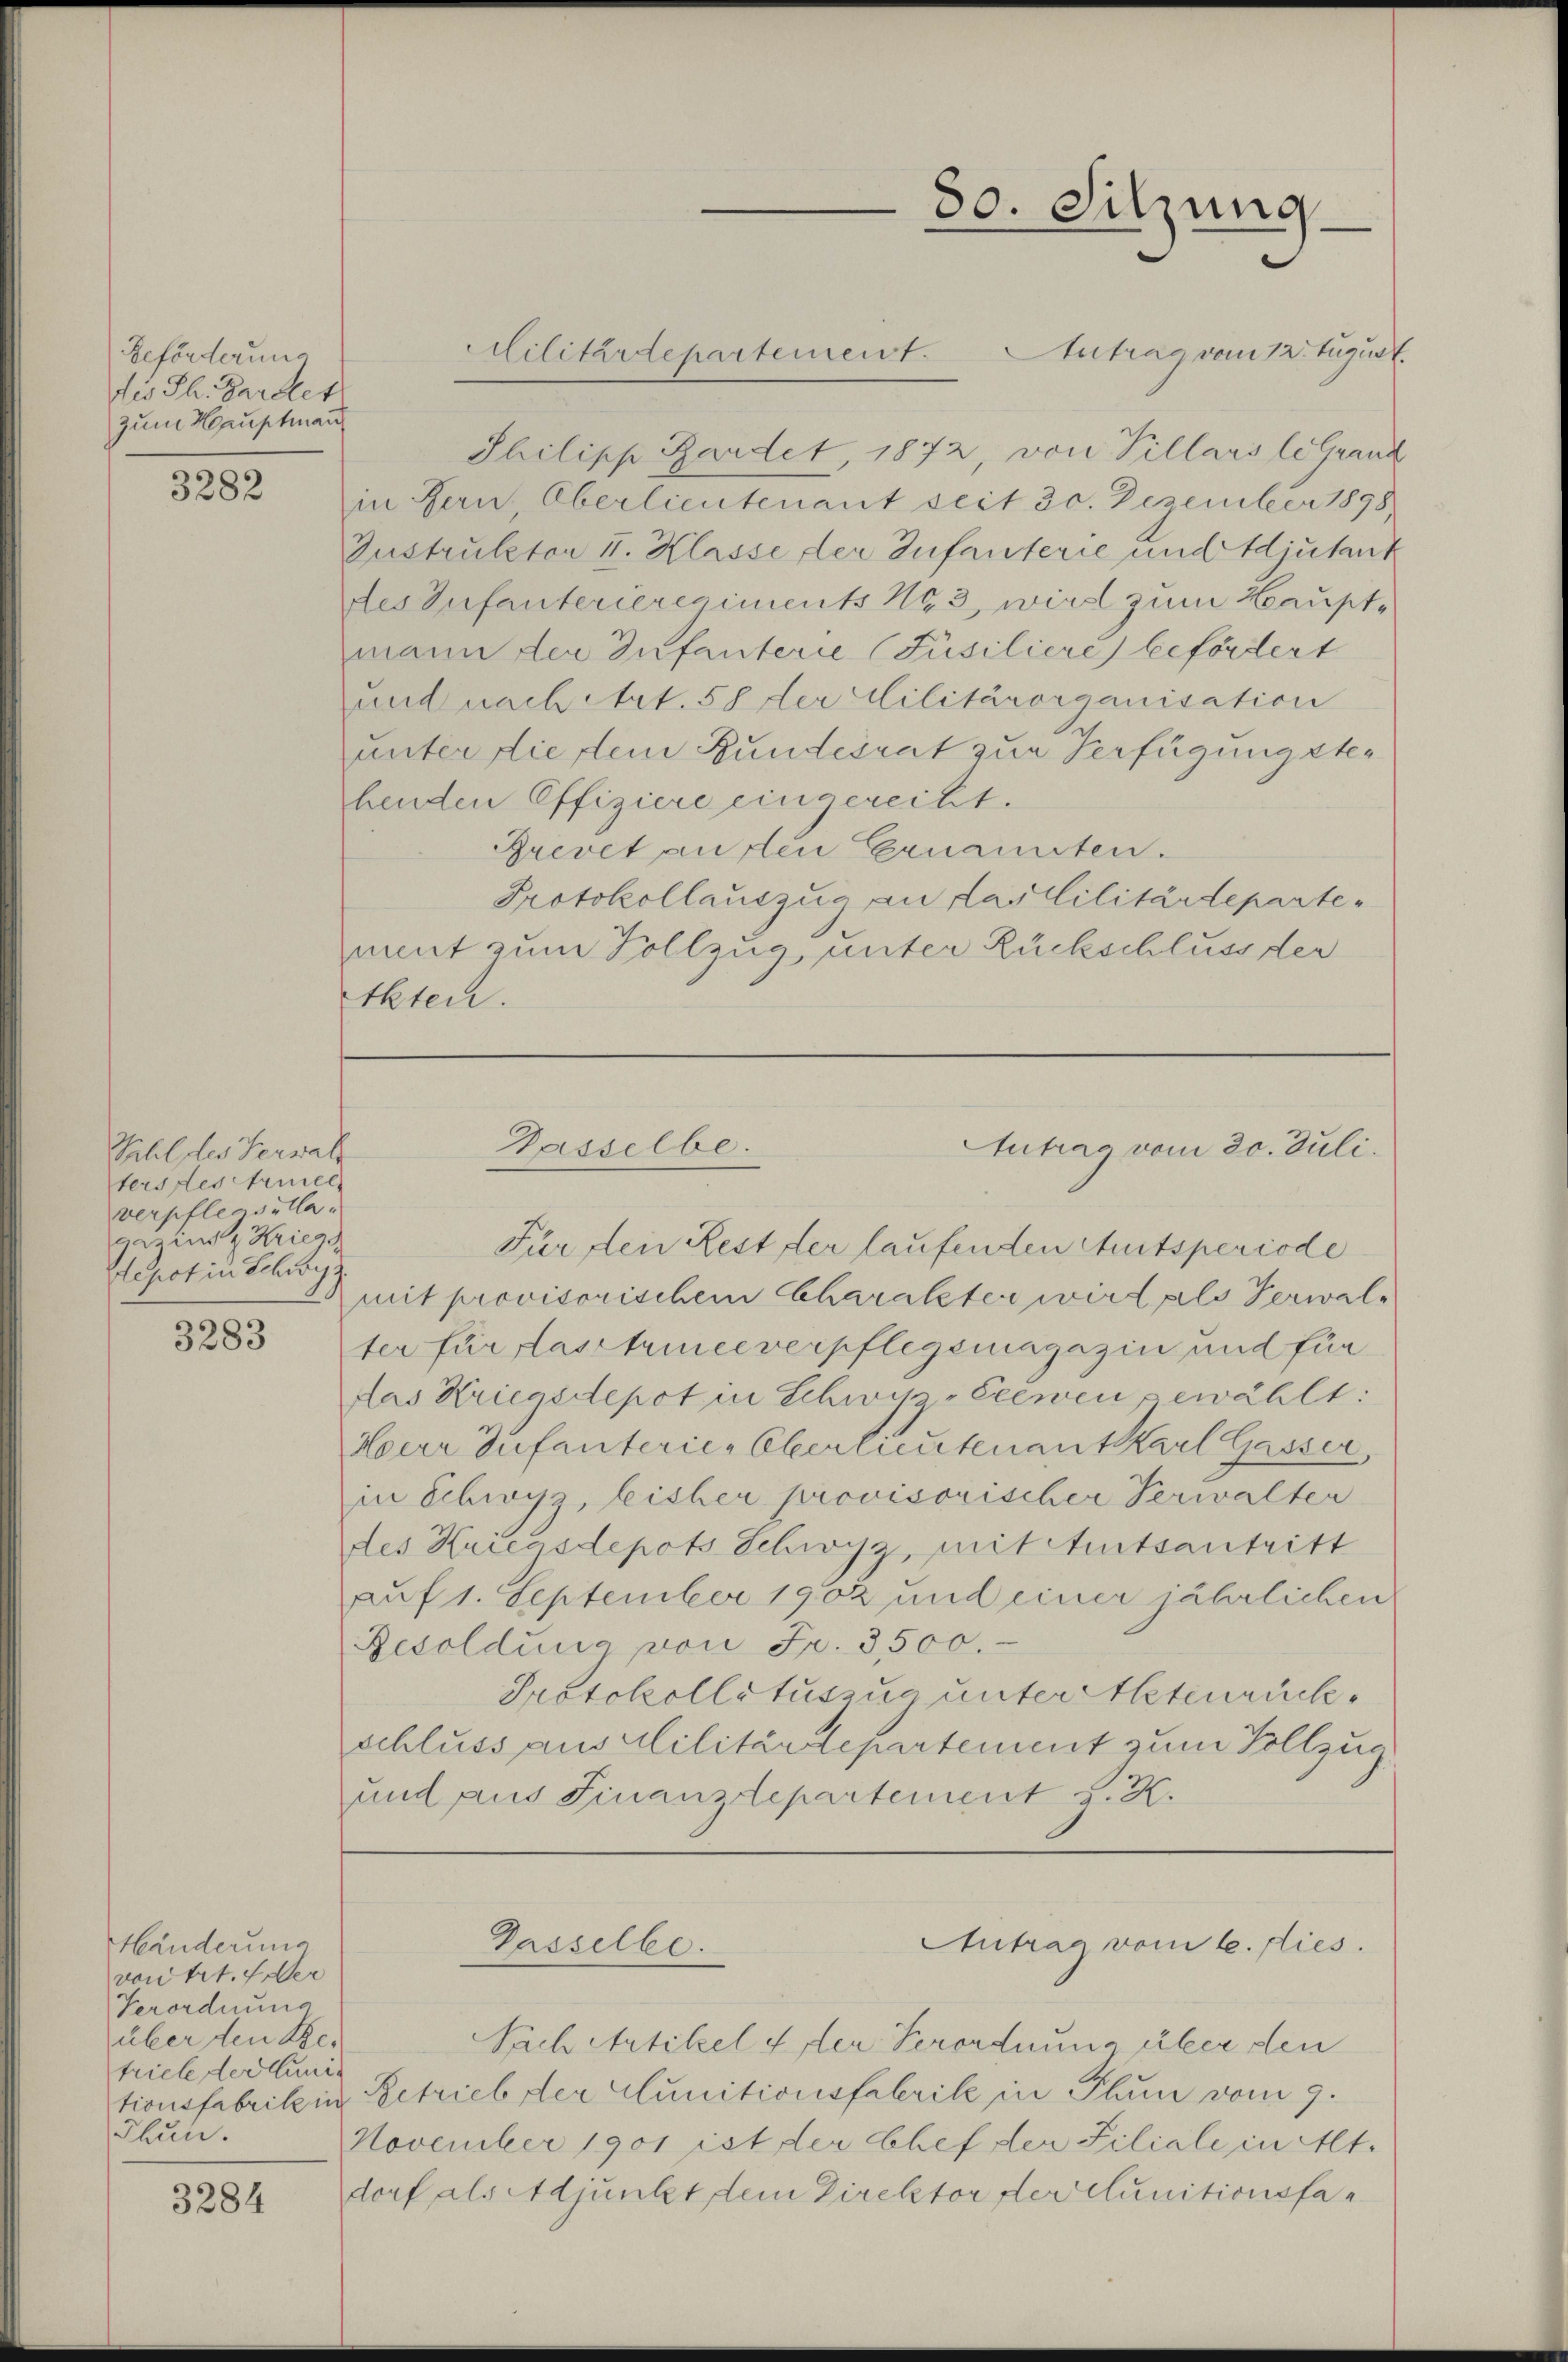
Beförderung
dis Th. Gartet
zum Hauptman

3282

Sihl des Verwal
ters des Armee
verpfleasella
ga ins z. Kriegs
Sepot in Schwy

3283

Händerung
von tit. Fer
Verordnung
über den Be-
triele der Muni¬
Thun.

3284

Thilipp Gardet, 1872, von Villans le Grand
in Bern Oberlieutenant seit 30. Dezember 1898
Instruktor II. Klasse der Infanterie und Adjutant
des Infanterieregiments 493, wird zum Hauptmann den Infanterie (Füsiliere befördert
und nach Art. 5 der Militärorganisation
unter die sein Bundesrat zur Verfügung stebenden Offiziere eingereiht.
Brevet auften Ernannten.
Protokollauszug an das Cilitärdepartement zum Vollzug unter Rückschluss der
Akten.

Militärtepartemeist. Antrag vom 12. August.

80. Sitzung

Gasselbe.
Antrag vom 20. Juli.

Gasselbe.

Für den Rest der laufenden Amtsperiode
mit provisorischem Charakter wird als Verwalter für fasstriceverpflegsmagazin und für
das Kriegsdepot in Schwyz-Ceewen gewählt:
Herr Zufanterie-Oberlieutenant Karl Gasser,
in Schwyz, bisher provisorischer Verwalter
des Kriegsdepots Schwyz, mit Amtsantritt
auf 1. September 1902 und einer jährlichen
Resoldung von Fr. 3500.
Protokollatuszug untertheteurückschluss aus Militärdepartement zum Vollzug.
und aus Finanzdepartement z. Z.

Antrag vom 6. dies

Nach Artikel der Verordnung über den
tionsfabrik in Betrieb der Munitionsfabrik in Plum vom 9.
November 1901 ist der Chef der Filiale in Alt
dorf als Adjunkt sein Direktor der clunitionsfan